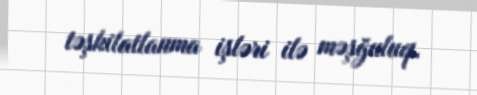
təşkilatlanma işləri ilə məşğuluq.